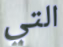
التي